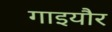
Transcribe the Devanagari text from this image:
गाइयौर